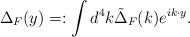
LaTeX: \begin{align*}\Delta_F(y)=:\int d^4k \tilde{\Delta}_F(k)e^{ik\cdot y}.\end{align*}